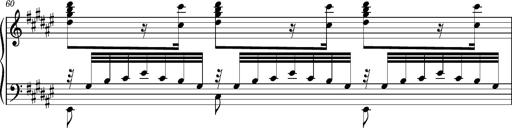
Title: Cavatine de Robert le Diable
Composer: Franz Liszt
Key: F-sharp minor